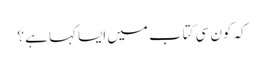
کہ کون سی کتاب میں ایسا کہا ہے ؟